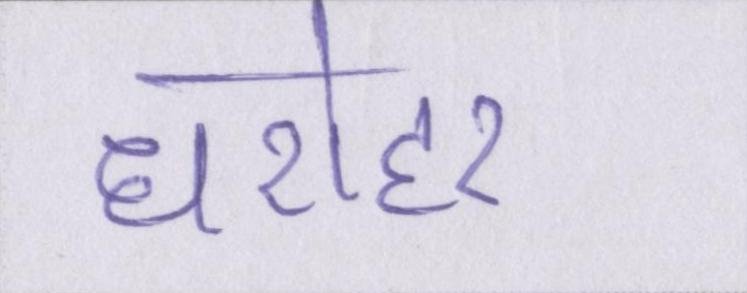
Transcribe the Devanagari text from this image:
धरोहर